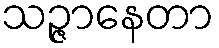
သဉ္ဇာနေတာ